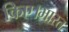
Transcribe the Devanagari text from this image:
किए।भारत